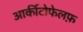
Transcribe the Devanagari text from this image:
आर्कीटोफेलफ़